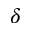
\delta